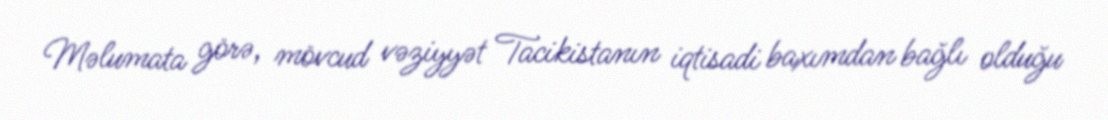
Məlumata görə, mövcud vəziyyət Tacikistanın iqtisadi baxımdan bağlı olduğu